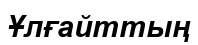
Ұлғайттың